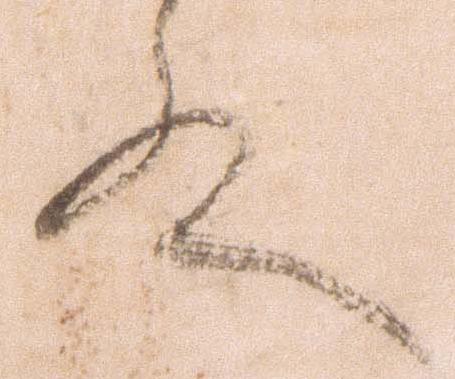
殿